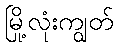
မြို့လုံးကျွတ်